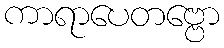
ကာရာပေတဗ္ဗော